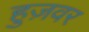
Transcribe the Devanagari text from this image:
हुज़वर